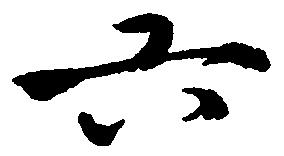
六